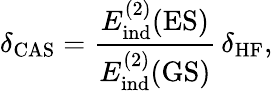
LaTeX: \delta_{\mathrm{CAS}}=\frac{E_{\mathrm{ind}}^{(2)}(\mathrm{ES})}{E_{\mathrm{ind}}^{(2)}(\mathrm{GS})}\, \delta_{\mathrm{HF}},